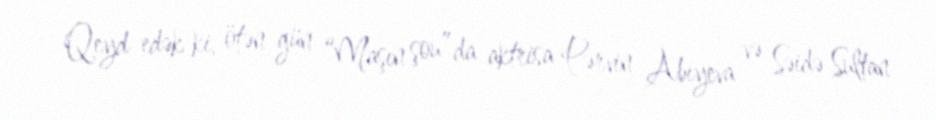
Qeyd edək ki, ötən gün “Maşın şou”da aktrisa Pərvin Abıyeva və Səidə Sultan